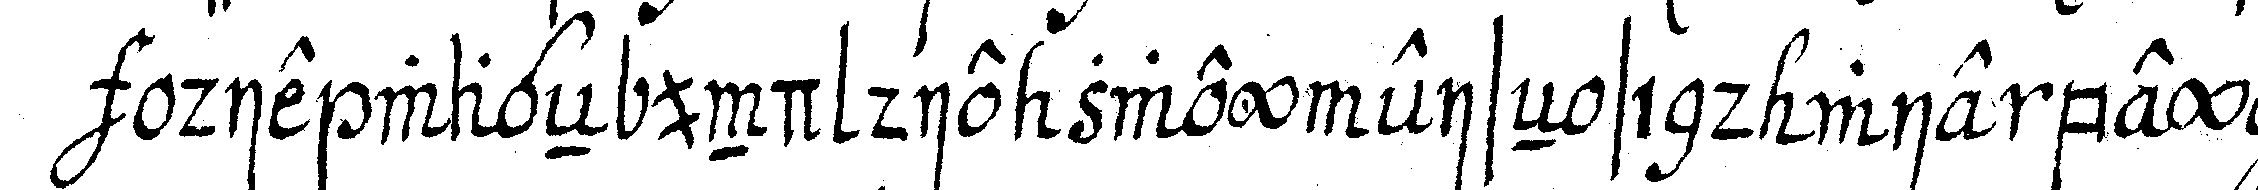
die wageN und die zwey eiseN sind wie bey